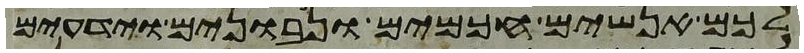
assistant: לכם אנשים חכמים ונבונים וידעים